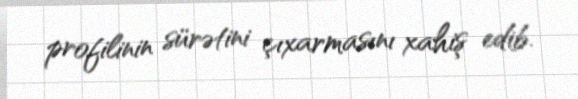
profilinin sürətini çıxarmasını xahiş edib.